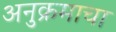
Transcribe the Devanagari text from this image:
अनुक्रमाचा